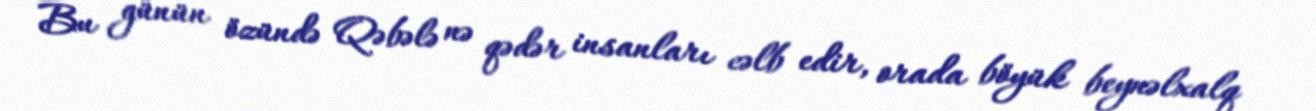
Bu günün özündə Qəbələ nə qədər insanları cəlb edir, orada böyük beynəlxalq